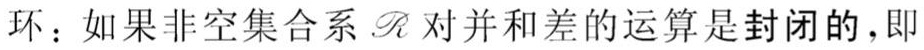
环：如果非空集合系$\mathscr{R}$对并和差的运算是封闭的，即